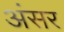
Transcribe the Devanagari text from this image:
अंसर